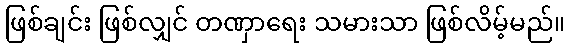
ဖြစ်ချင်း ဖြစ်လျှင် တဏှာရေး သမားသာ ဖြစ်လိမ့်မည်။